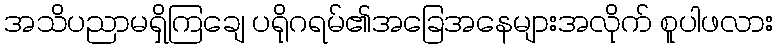
အသိပညာမရှိကြချေ ပရိုဂရမ်၏အခြေအနေများအလိုက် စူပါဖလား